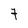
Character: 7